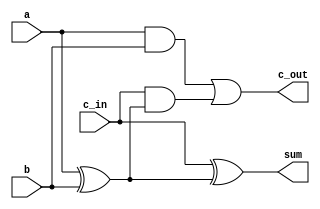
module full_adder(a, b, c_in, sum, c_out);
	input a, b, c_in;
	output sum, c_out;
	wire w1, w2, w3;
	
	xor my_xor1 (w1,a, b);
	xor my_xor2 (sum, c_in, w1);
	and my_and1 (w2, a, b);
	and my_and2 (w3, c_in, w1);
	or my_or (c_out, w2, w3);
	
endmodule